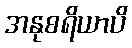
အနုစရိယာပိ